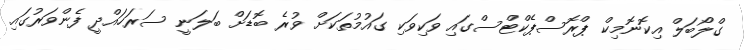
ގްލޯބަލް އިކޮނޮމިކް ޕްރޮސްޕެކްޓްސްގައި ވަކިވަކި ގައުމުތަކަށް ވުރެ ބޮޑަށް ބަލަނީ ސަރަހައްދީ ފެންވަރުގައި